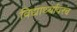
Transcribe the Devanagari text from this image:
विद्यार्थ्यावरच